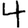
Digit: 4